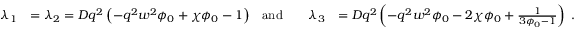
\begin{array} { r l r l r l } { \lambda _ { 1 } } & { = \lambda _ { 2 } = D q ^ { 2 } \left( - q ^ { 2 } w ^ { 2 } \phi _ { 0 } + \chi \phi _ { 0 } - 1 \right) } & { \mathrm { a n d } } & { } & { \lambda _ { 3 } } & { = D q ^ { 2 } \left( - q ^ { 2 } w ^ { 2 } \phi _ { 0 } - 2 \chi \phi _ { 0 } + \frac { 1 } { 3 \phi _ { 0 } - 1 } \right) \; . } \end{array}